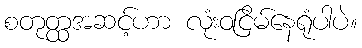
စတုတ္ထအဆင့်ဟာ လုံးဝငြိမ်နေရုံပါပဲ။